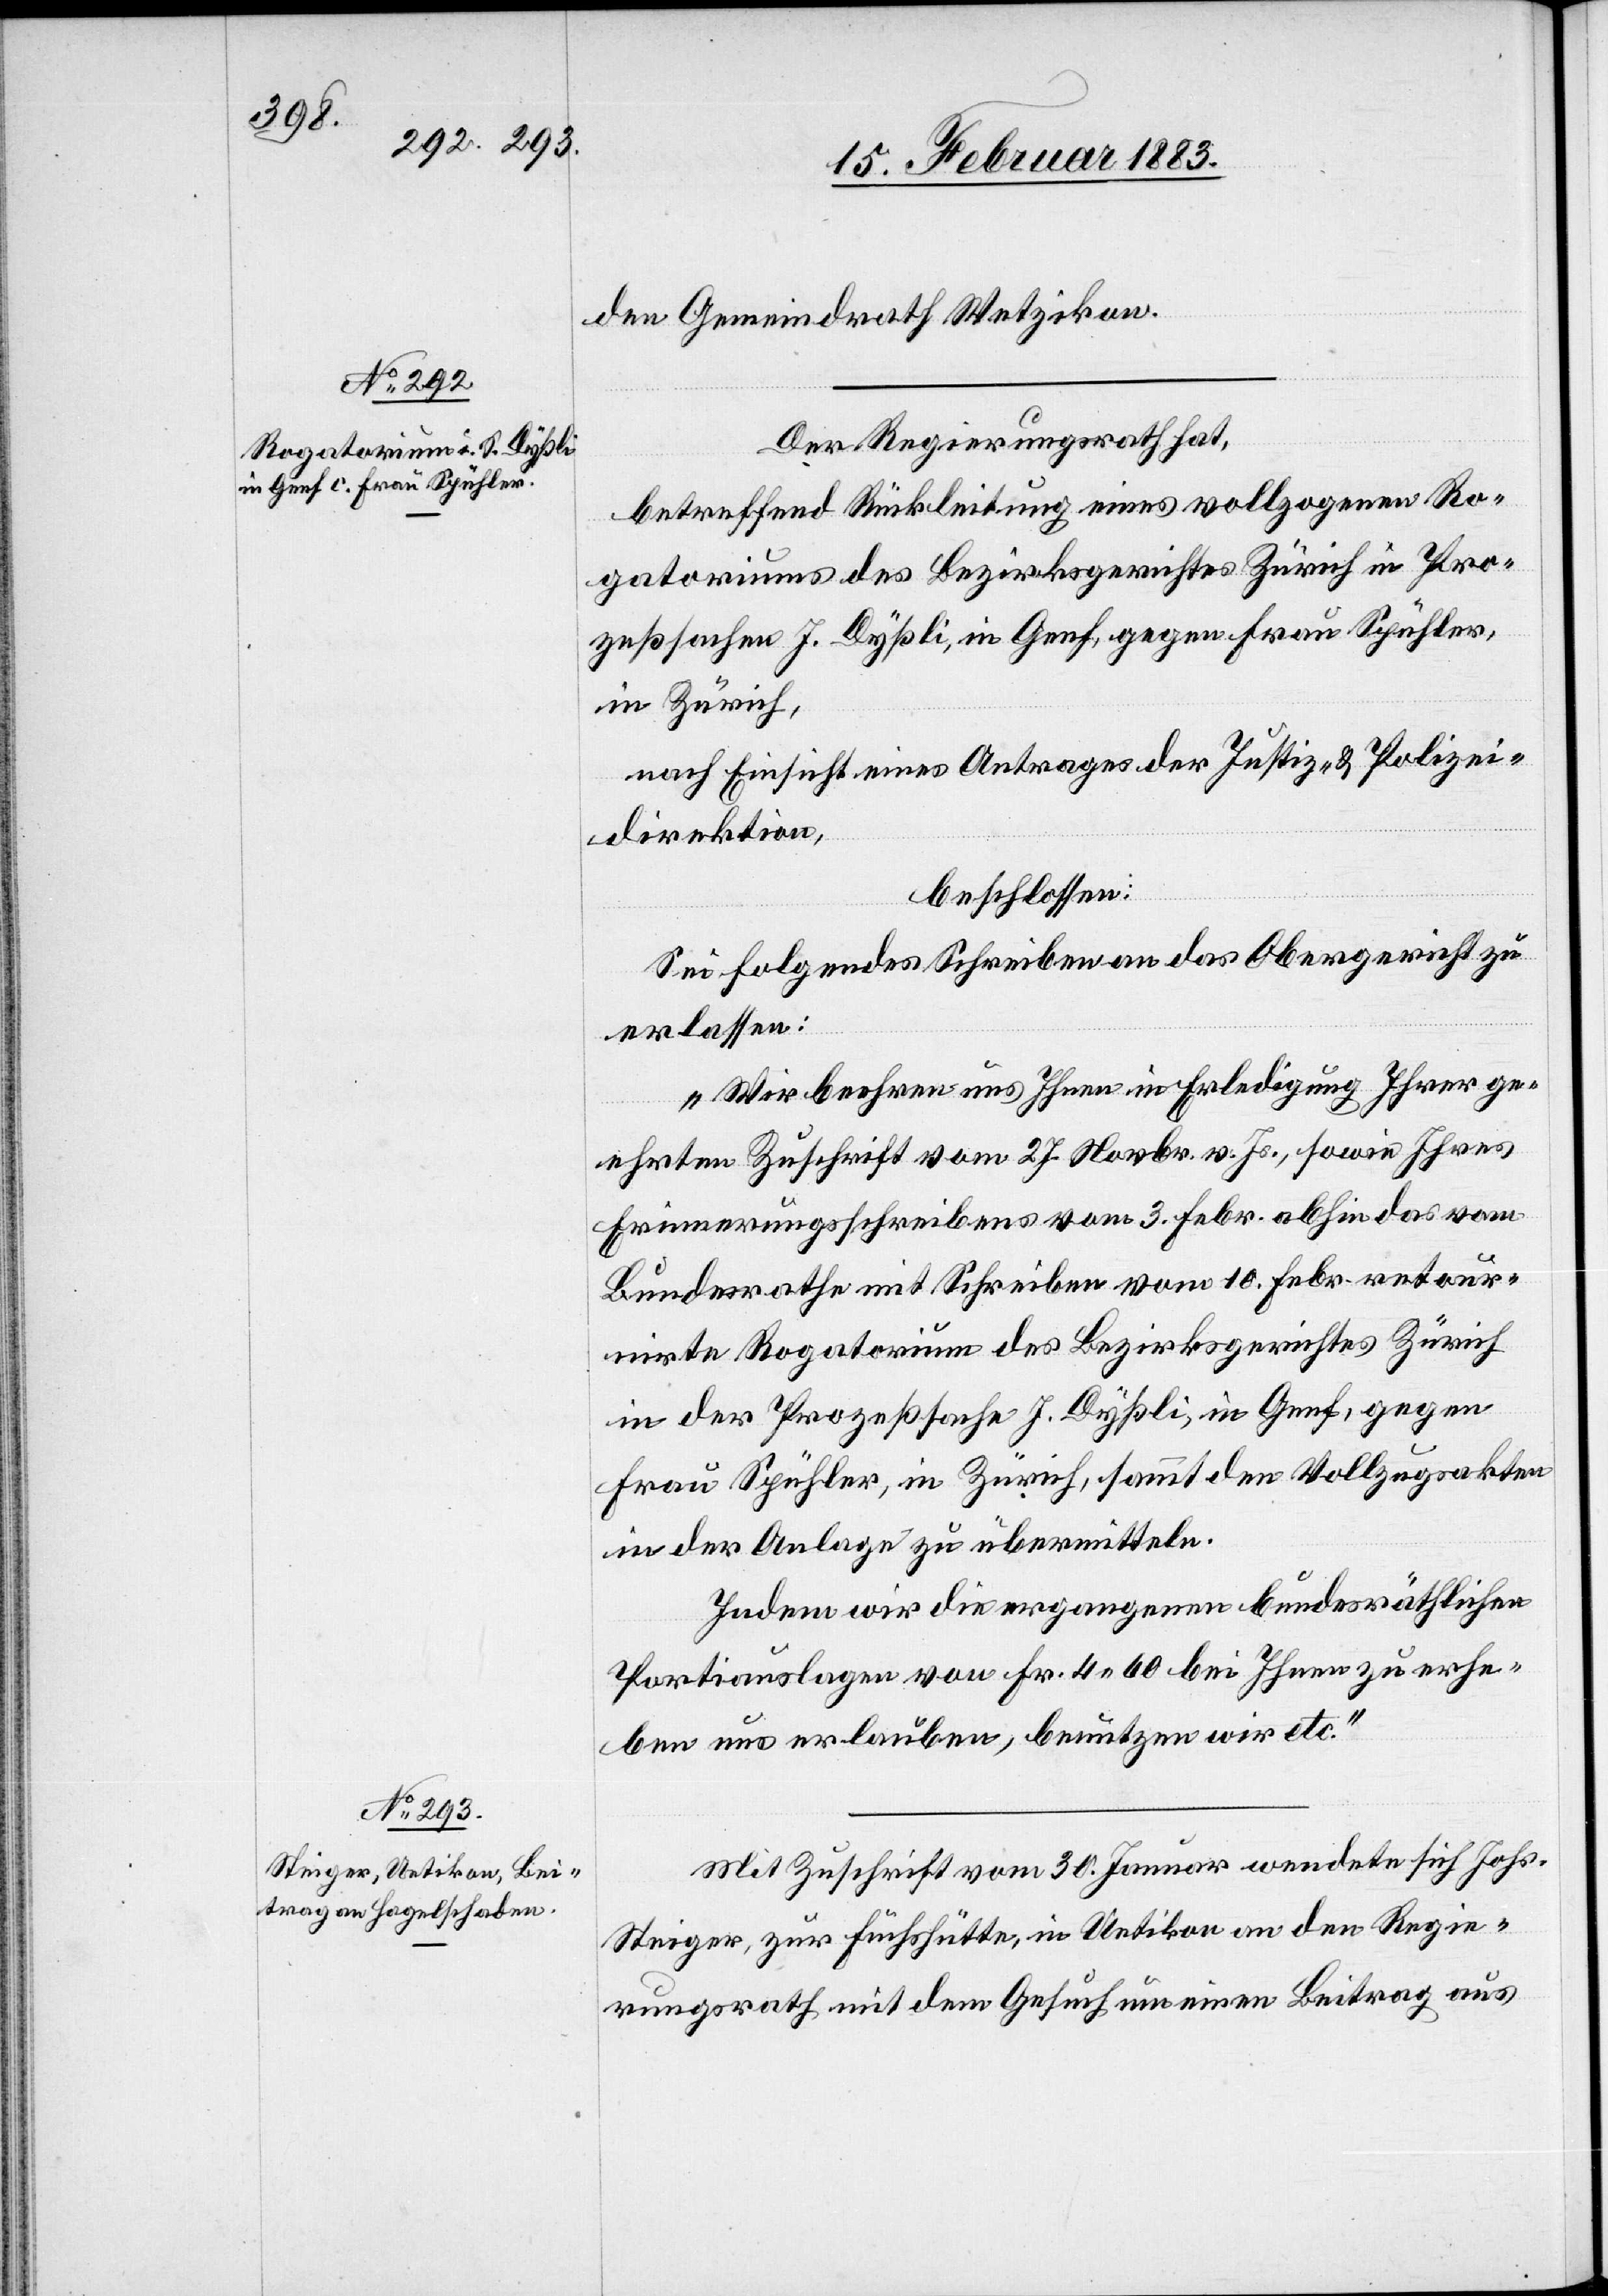
den Gemeindrath Wetzikon.
Der Regierungsrath hat,
betreffend Rückleitung eines vollzogenen Ro¬
gatoriums des Bezirksgerichtes Zürich in Pro¬
zeßsachen J. Dyßli, in Genf, gegen Frau Spühler,
in Zürich,
nach Einsicht eines Antrages der Justiz- & Polizei¬
direktion,
beschlossen:
Sei folgendes Schreiben an das Obergericht zu
erlassen:
„Wir beehren uns Ihnen in Erledigung Ihrer ge¬
ehrten Zuschrift vom 27. Novbr. v. Js., sowie Ihres
Erinnerungsschreibens vom 3. Febr. abhin das vom
Bundesrathe mit Schreiben vom 10. Febr. retour¬
nirte Rogatorium des Bezirksgerichtes Zürich
in der Prozeßsache J. Dyßli, in Genf, gegen
Frau Spühler, in Zürich, sammt den Vollzugsakten
in der Anlage zu übermitteln.
Indem wir die ergangenen bundesräthlichen
Portiauslagen von Fr. 4 60 bei Ihnen zu erhe¬
ben uns erlauben, benutzen wir etc.“
Mit Zuschrift vom 30. Januar wendete sich Johs.
Steiger, zur Fuchshütte, in Uetikon an den Regie¬
rungsrath mit dem Gesuch um einen Beitrag aus